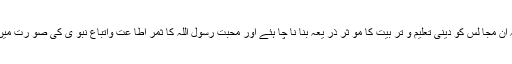
میر ی خواہش ہے کہ ان مجا لس کو دینی تعلیم و تر بیت کا مو ثر ذر یعہ بنا نا چا ہئے اور محبت رسول اللہ کا ثمر اطا عت واتباع نبو ی کی صو رت میں ظا ہر ہو نا چا ہئے۔